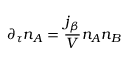
\partial _ { \tau } n _ { A } = \frac { j _ { \beta } } { V } n _ { A } n _ { B }